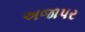
અજાપર